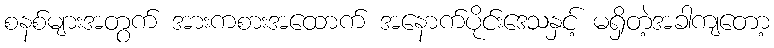
စနစ်များအတွက် အားကစားအထောက် အနောက်ပိုင်းဒေသနှင့် မရှိတဲ့အခါကျတော့